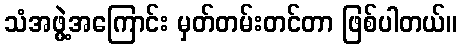
သံအဖွဲ့အကြောင်း မှတ်တမ်းတင်တာ ဖြစ်ပါတယ်။